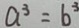
a ^ { 3 } = b ^ { 3 }